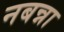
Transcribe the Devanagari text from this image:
नबन्ना